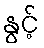
နွင့်